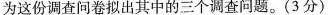
为这份调查问卷拟出其中的三个调查问题。(3分)